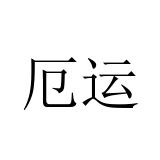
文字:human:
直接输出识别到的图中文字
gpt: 厄运